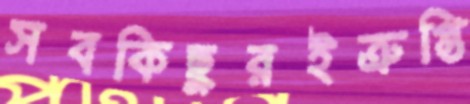
সবকিছুরইত্রুপ্তি